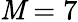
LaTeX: \mathit{M}=7